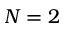
N = 2